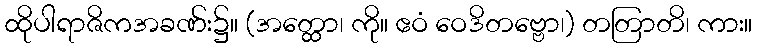
ထိုပါရာဇိကအခဏ်း၌။ (အတ္ထော၊ ကို။ ဧဝံ ဝေဒိတဗ္ဗော၊) တတြာတိ၊ ကား။